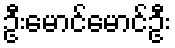
ဦးမောင်မောင်ဦး